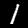
Label: 1